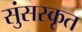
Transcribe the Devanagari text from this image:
सुंसस्कृत